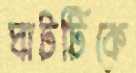
ঘাটটিকে